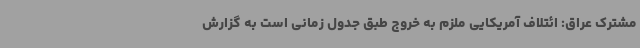
مشترک عراق: ائتلاف آمریکایی ملزم به خروج طبق جدول زمانی است به گزارش